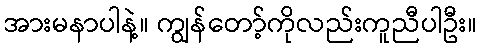
အားမနာပါနဲ့။ ကျွန်တော့်ကိုလည်းကူညီပါဦး။